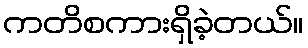
ကတိစကားရှိခဲ့တယ်။